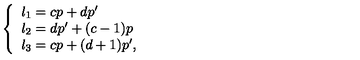
\left\{ \begin{array} { l } { l _ { 1 } = c p + d p ^ { \prime } } \\ { l _ { 2 } = d p ^ { \prime } + ( c - 1 ) p } \\ { l _ { 3 } = c p + ( d + 1 ) p ^ { \prime } , } \\ \end{array} \right.